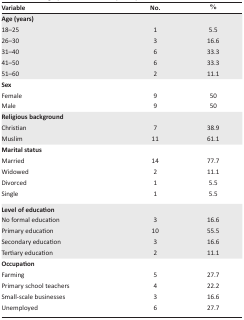
| Variable | No. | % |
 | --- | --- | --- |
 | <COLSPAN=3> Age (years) |
 | 18–25 | 1 | 5.5 |
 | 26–30 | 3 | 16.6 |
 | 31–40 | 6 | 33.3 |
 | 41–50 | 6 | 33.3 |
 | 51–60 | 2 | 11.1 |
 | <COLSPAN=3> Sex |
 | Female | 9 | 50 |
 | Male | 9 | 50 |
 | <COLSPAN=3> Religious background |
 | Christian | 7 | 38.9 |
 | Muslim | 11 | 61.1 |
 | <COLSPAN=3> Marital status |
 | Married | 14 | 77.7 |
 | Widowed | 2 | 11.1 |
 | Divorced | 1 | 5.5 |
 | Single | 1 | 5.5 |
 | <COLSPAN=3> Level of education |
 | No formal education | 3 | 16.6 |
 | Primary education | 10 | 55.5 |
 | Secondary education | 3 | 16.6 |
 | Tertiary education | 2 | 11.1 |
 | <COLSPAN=3> Occupation |
 | Farming | 5 | 27.7 |
 | Primary school teachers | 4 | 22.2 |
 | Small-scale businesses | 3 | 16.6 |
 | Unemployed | 6 | 27.7 |